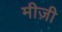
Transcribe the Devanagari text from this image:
मीज़ी